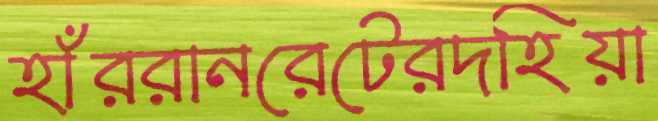
হাঁররানরেটেরদহিয়া